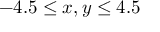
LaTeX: - 4 . 5 \leq x , y \leq 4 . 5